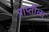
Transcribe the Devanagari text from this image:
प्राप्तीला